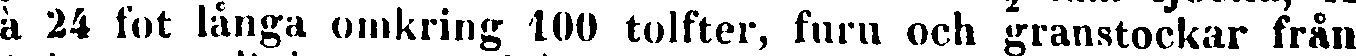
à 24 fot långa omkring 100 tolfter, furu och granstockar från